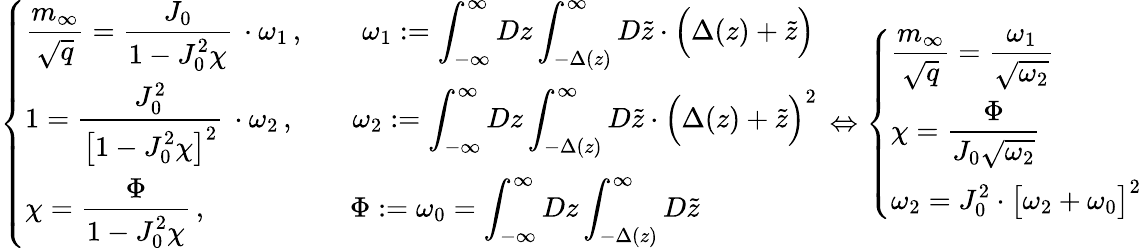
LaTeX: \left\{ \begin{array}{l}{\displaystyle\frac{m_{\infty}}{\sqrt{q}}=\frac{J_{0}}{\displaystyle 1-J_{0}^{2}\chi}\, \cdot\omega_{1}\, ,\qquad\omega_{1}:=\int_{-\infty}^{\infty}Dz\int_{-\Delta(z)}^{\infty}D\tilde{z}\cdot\Big(\Delta(z)+\tilde{z}\Big)}\\ {1=\displaystyle\frac{J_{0}^{2}}{\displaystyle\big[1-J_{0}^{2}\chi\big]^{2}}\, \cdot\omega_{2}\, ,\qquad\omega_{2}:=\int_{-\infty}^{\infty}Dz\int_{-\Delta(z)}^{\infty}D\tilde{z}\cdot\Big(\Delta(z)+\tilde{z}\Big)^{2}}\\ {\displaystyle\chi=\frac{\Phi}{\displaystyle 1-J_{0}^{2}\chi}\, ,\qquad\qquad\quad\Phi:=\omega_{0}=\int_{-\infty}^{\infty}Dz\int_{-\Delta(z)}^{\infty}D\tilde{z}}\end{array}\right.\, \Leftrightarrow\left\{ \begin{array}{l}{\displaystyle\frac{m_{\infty}}{\sqrt{q}}=\frac{\omega_{1}}{\sqrt{\omega_{2}}}}\\ {\displaystyle\chi=\frac{\Phi}{J_{0}\sqrt{\omega_{2}}}}\\ {\displaystyle\omega_{2}=J_{0}^{2}\cdot\big[\omega_{2}+\omega_{0}\big]^{2}}\end{array}\right.\,